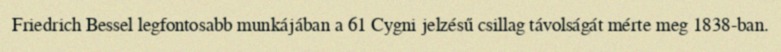
Friedrich Bessel legfontosabb munkájában a 61 Cygni jelzésű csillag távolságát mérte meg 1838-ban.